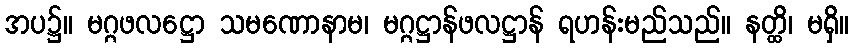
အပ၌။ မဂ္ဂဖလဋ္ဌော သမဏောနာမ၊ မဂ္ဂဋ္ဌာန်ဖလဋ္ဌာန် ရဟန်းမည်သည်။ နတ္ထိ၊ မရှိ။